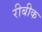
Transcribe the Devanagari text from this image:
रीबीक